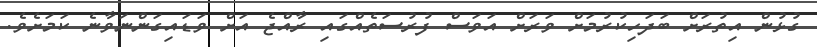
ގުޅުން އިތުރަށް ބަދަހިކުރުމަށް ވަރަށް އަވަސް ފުރުސަތެއްގައި ރާއްޖެ އަށް ވަޑައިގަންނަވާނެ ކަމަށެވެ.